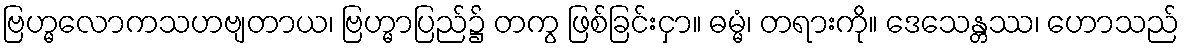
ဗြဟ္မလောကသဟဗျတာယ၊ ဗြဟ္မာပြည်၌ တကွ ဖြစ်ခြင်းငှာ။ ဓမ္မံ၊ တရားကို။ ဒေသေန္တဿ၊ ဟောသည်